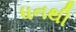
ધનથી